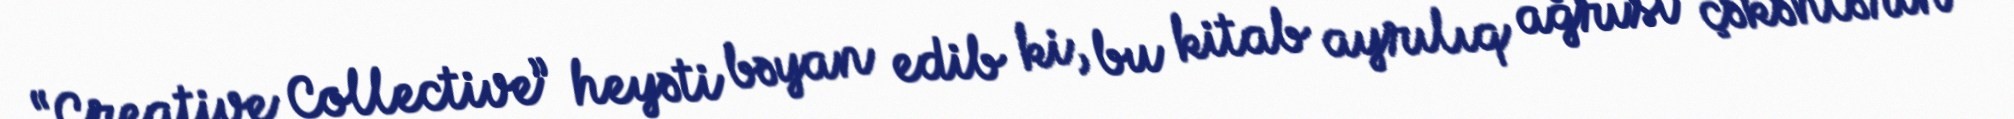
“Creative Collective” heyəti bəyan edib ki, bu kitab ayrılıq ağrısı çəkənlərin